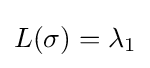
L(\sigma )=\lambda _{1}